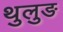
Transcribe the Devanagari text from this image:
थुलुङ